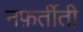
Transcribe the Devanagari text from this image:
नफ़र्तीती